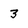
Character: 3